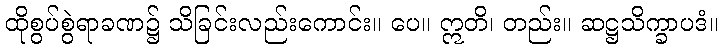
ထိုစွပ်စွဲရာခဏ၌ သိခြင်းလည်းကောင်း။ ပေ။ ဣတိ၊ တည်း။ ဆဋ္ဌသိက္ခာပဒံ။